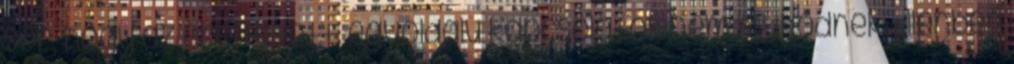
sor, hogy az erőltetett, egyoldalú kapcsolatok nem működnek. Ellenben